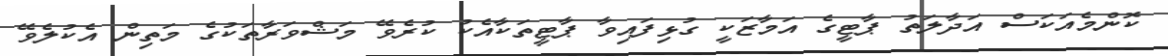
ކޮންމެއަކަސް އަދާލަތު ޕާޓީގެ އަމާޒަކީ ގުޅިފައިވާ ޕާޓީތަކާއެކު ކުރެވޭ މަޝްވަރާތަކުގެ މަތިން އެކުލެވޭ